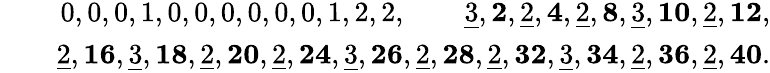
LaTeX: \begin{array}{rlr}&{}&{0,0,0,1,0,0,0,0,0,0,1,2,2,\quad\quad\underline{{3}},\mathbf{2},\underline{{2}},\mathbf{4},\underline{{2}},\mathbf{8},\underline{{3}},\mathbf{10},\underline{{2}},\mathbf{12},}\\ &{}&{\underline{{2}},\mathbf{16},\underline{{3}},\mathbf{18},\underline{{2}},\mathbf{20},\underline{{2}},\mathbf{24},\underline{{3}},\mathbf{26},\underline{{2}},\mathbf{28},\underline{{2}},\mathbf{32},\underline{{3}},\mathbf{34},\underline{{2}},\mathbf{36},\underline{{2}},\mathbf{40}.}\end{array}